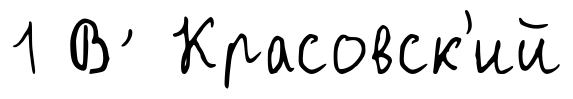
1 В ́ Красовск'ий